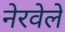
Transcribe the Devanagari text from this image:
नेरवेले